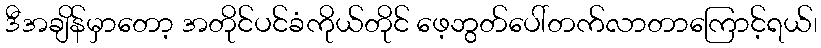
ဒီအချိန်မှာတော့ အတိုင်ပင်ခံကိုယ်တိုင် ဖေ့ဘွတ်ပေါ်တက်လာတာကြောင့်ရယ်၊